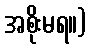
အစိုးမရ။)